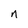
Character: n